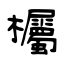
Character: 欘